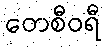
တေစီဝရီ